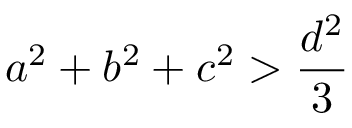
a ^ { 2 } + b ^ { 2 } + c ^ { 2 } > { \frac { d ^ { 2 } } { 3 } }